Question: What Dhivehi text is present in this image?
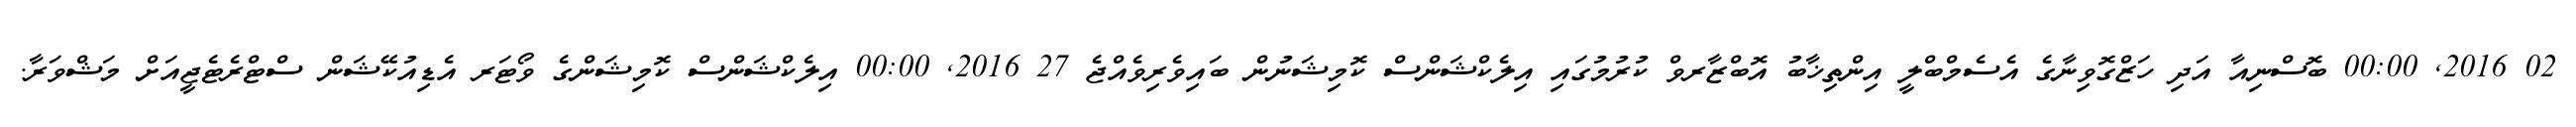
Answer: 02 2016, 00:00 ބޮސްނިއާ އަދި ހަޒްގޮވިނާގެ އެސެމްބްލީ އިންތިޚާބު އޮބްޒާރވް ކުރުމުގައި އިލެކްޝަންސް ކޮމިޝަނުން ބައިވެރިވެއްޖެ 27 2016, 00:00 އިލެކްޝަންސް ކޮމިޝަންގެ ވޯޓަރ އެޑިއުކޭޝަން ސްޓްރެޓެޖީއަށް މަޝްވަރާ.